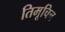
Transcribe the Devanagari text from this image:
तिमूचिन